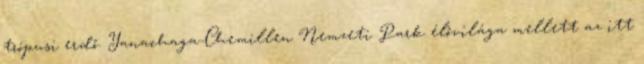
trópusi erdő. Yanachaga-Chemillen Nemzeti Park élővilága mellett az itt